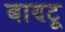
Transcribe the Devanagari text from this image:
बाण्टू